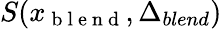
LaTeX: S(x_{\mathrm{~b~l~e~n~d~}},\Delta_{blend})